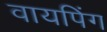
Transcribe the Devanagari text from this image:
वायपिंग